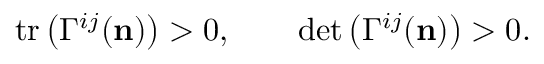
\mathrm { t r } \left( \Gamma ^ { i j } ( { \mathbf n } ) \right) > 0 , \qquad \mathrm { d e t } \left( \Gamma ^ { i j } ( { \mathbf n } ) \right) > 0 .